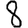
Digit: 8